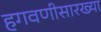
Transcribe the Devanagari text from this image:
हगवणीसारख्या